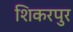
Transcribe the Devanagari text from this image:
शिकरपुर